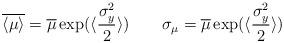
LaTeX: \begin{align*}\overline{\langle\mu\rangle} = \overline\mu\exp(\langle \frac{\sigma_y^2}{2}\rangle)\qquad \sigma_\mu = \overline\mu\exp(\langle \frac{\sigma_y^2}{2}\rangle)\end{align*}